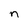
Character: n